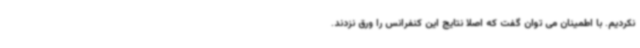
نکردیم. با اطمینان می توان گفت که اصلا نتایج این کنفرانس را ورق نزدند.